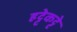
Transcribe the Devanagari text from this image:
हट्टेकट्टे